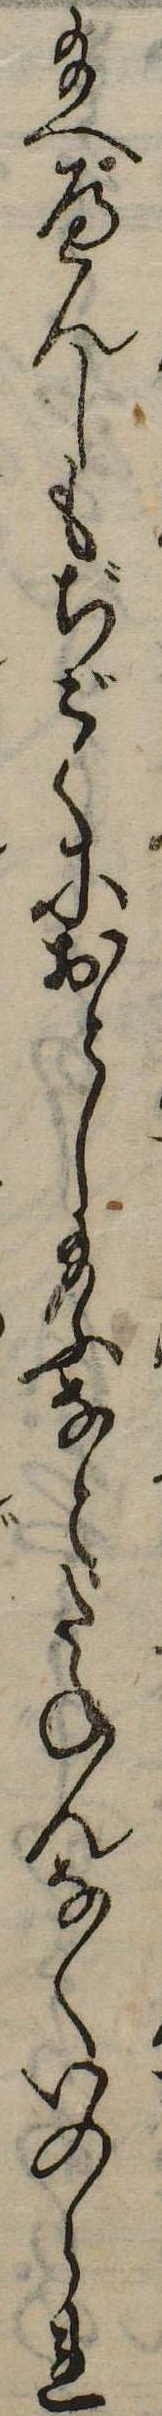
給へへんしもぢごくにおとし給ふなとたねんなくいのられ